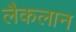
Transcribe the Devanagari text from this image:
लैकलान